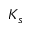
K _ { s }